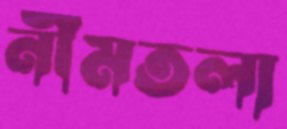
নীমতলা